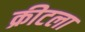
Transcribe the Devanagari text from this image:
क्रीटला